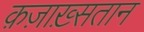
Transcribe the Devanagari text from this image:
क़ज़ाख़्सतान